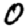
Digit: 0